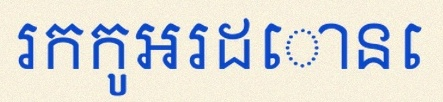
រកកូអរដោនេ